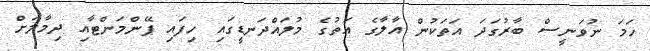
ހަމަ ނުވަނީސް ބާރުގަދަ އަތަކުން އާލާގެ އަތުގެ މުލައްދަނޑީގައި ހިފައި ޕޭންމަންޓާއި ދިމާލަށް